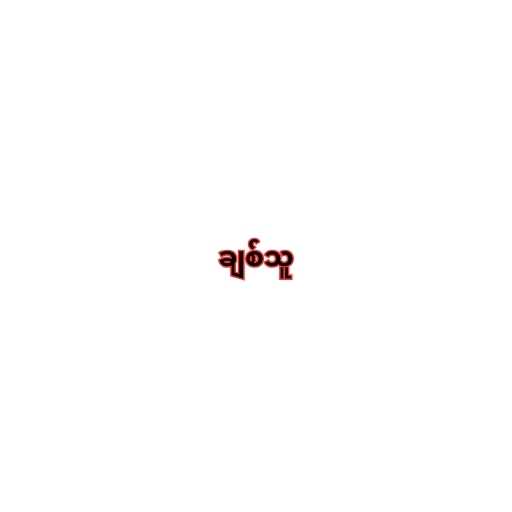
ချစ်သူ